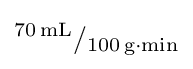
^{70\,{\textrm {mL}}}/_{100\,{\textrm {g}}{\cdot }{\textrm {min}}}